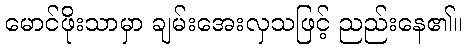
မောင်ဖိုးသာမှာ ချမ်းအေးလှသဖြင့် ညည်းနေ၏။